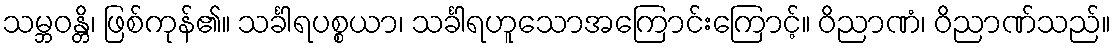
သမ္ဘဝန္တိ၊ ဖြစ်ကုန်၏။ သင်္ခါရပစ္စယာ၊ သင်္ခါရဟူသောအကြောင်းကြောင့်။ ဝိညာဏံ၊ ဝိညာဏ်သည်။